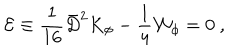
{ \mathcal E } \equiv \frac { 1 } { 1 6 } { \bar { D } } ^ { 2 } K _ { \phi } - \frac { 1 } { 4 } { \mathcal W } _ { \phi } = 0 \ ,